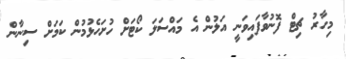
މިހާރު ޗިޓް ފޮނުވާފައިވަނީ އަލުން އެ މައްސަލަ ކޯޓަށް ހުށަހެޅުމުން ކަމަށް ސިނާން